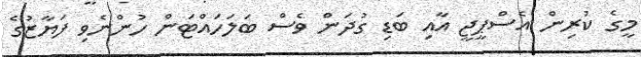
މީގެ ކުރިން އެސްޕީޖީ އާއި ބަޑި ގުދަން ވެސް ބަލަހައްޓަން ހުންނެވި ފަޔާޒުގެ